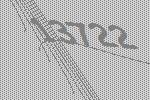
13722